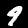
Digit: 9